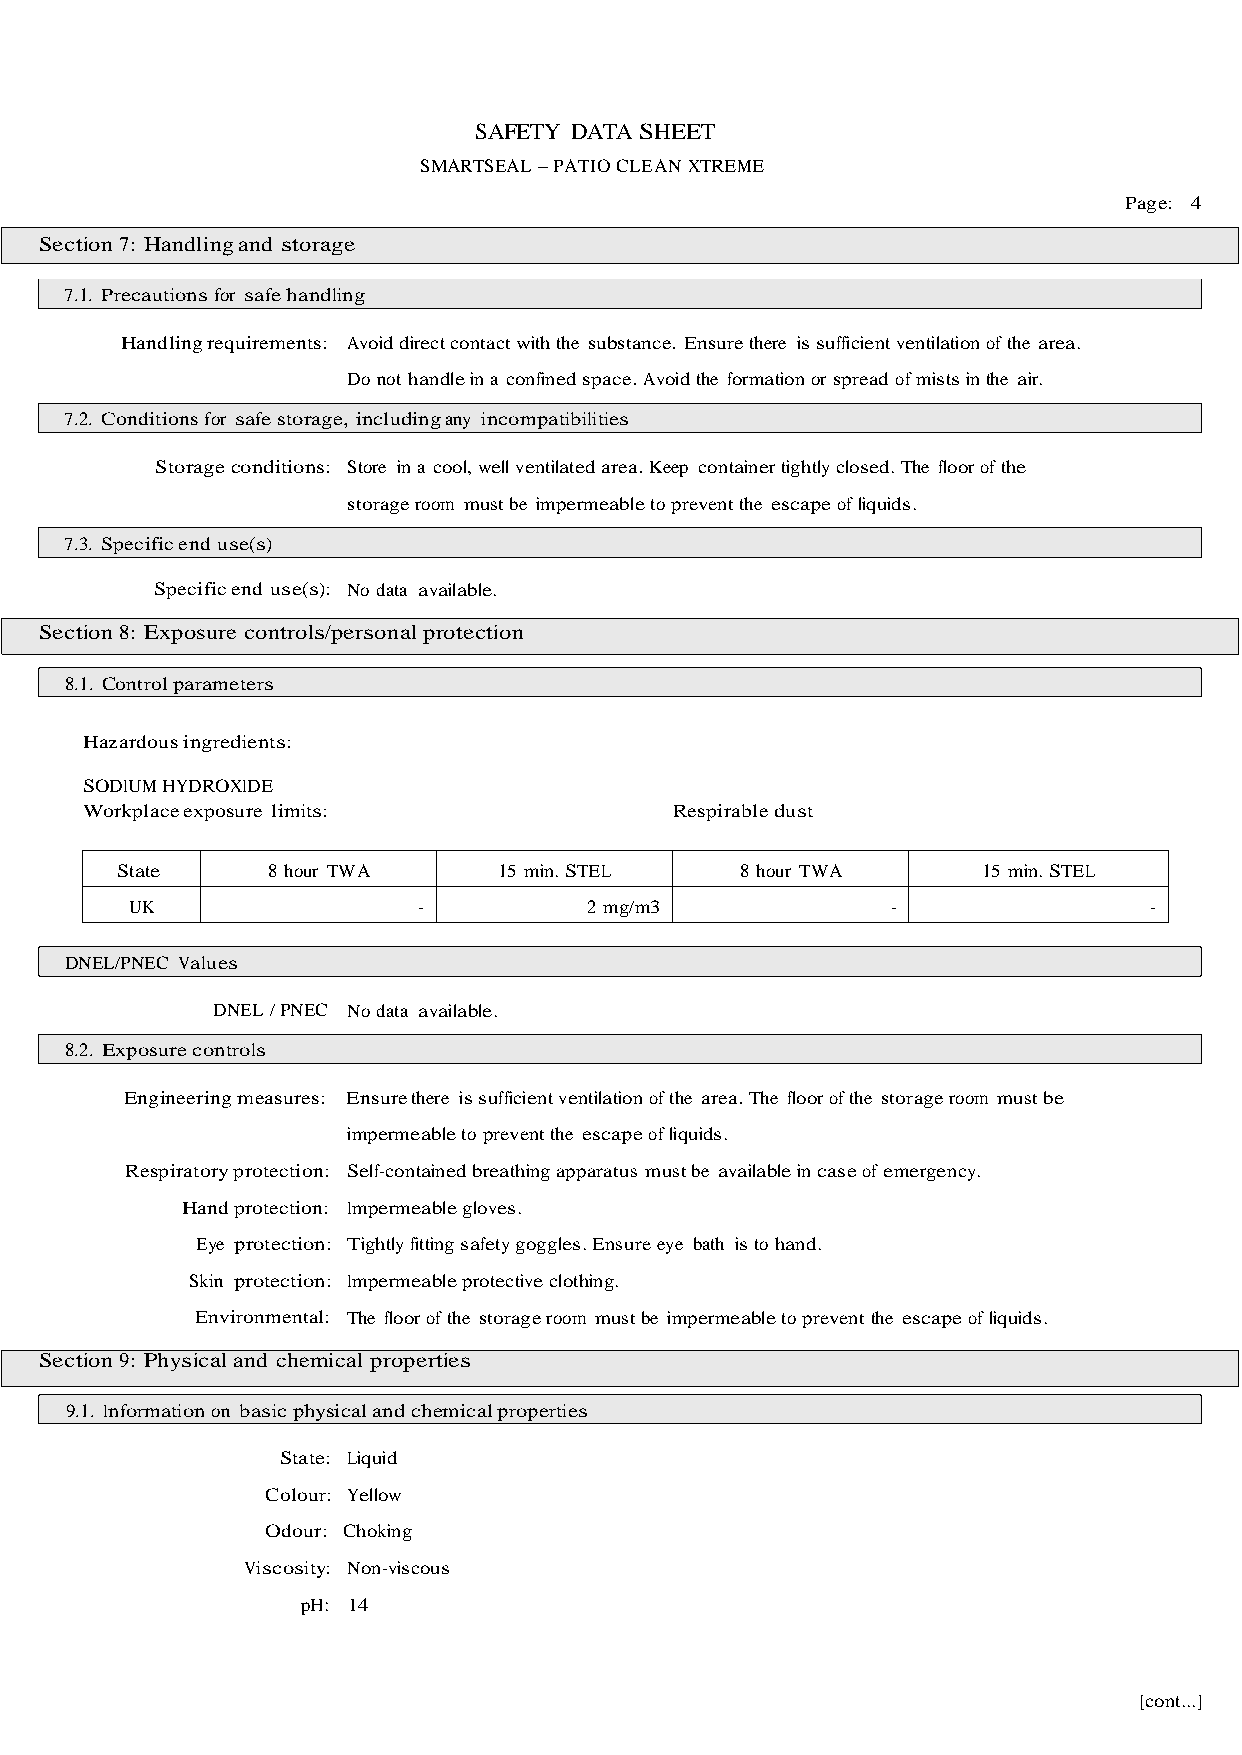
SAFETY DATA SHEET
 SMARTSEAL – PATIO CLEAN XTREME
 Page: 4
 Section 7: Handling and storage
 7.1. Precautions for safe handling
 Handling requirements: Avoid direct contact with the substance. Ensure there is sufficient ventilation of the area.
 Do not handle in a confined space. Avoid the formation or spread of mists in the air.
 7.2. Conditions for safe storage, including any incompatibilities
 Storage conditions: Store in a cool, well ventilated area. Keep container tightly closed. The floor of the
 storage room must be impermeable to prevent the escape of liquids.
 7.3. Specific end use(s)
 Specific end use(s): No data available.
 Section 8: Exposure controls/personal protection
 8.1. Control parameters
 Hazardous ingredients:
 SODIUM HYDROXIDE
 Workplace exposure limits:              Respirable dust
 State     8 hour TWA     15 min. STEL    8 hour TWA      15 min. STEL
 UK                 -          2 mg/m3             -                -
 DNEL/PNEC Values
 DNEL / PNEC No data available.
 8.2. Exposure controls
 Engineering measures: Ensure there is sufficient ventilation of the area. The floor of the storage room must be
 impermeable to prevent the escape of liquids.
 Respiratory protection: Self-contained breathing apparatus must be available in case of emergency.
 Hand protection: Impermeable gloves.
 Eye protection: Tightly fitting safety goggles. Ensure eye bath is to hand.
 Skin protection: Impermeable protective clothing.
 Environmental: The floor of the storage room must be impermeable to prevent the escape of liquids.
 Section 9: Physical and chemical properties
 9.1. Information on basic physical and chemical properties
 State: Liquid
 Colour: Yellow
 Odour: Choking
 Viscosity: Non-viscous
 pH: 14
 [cont...]